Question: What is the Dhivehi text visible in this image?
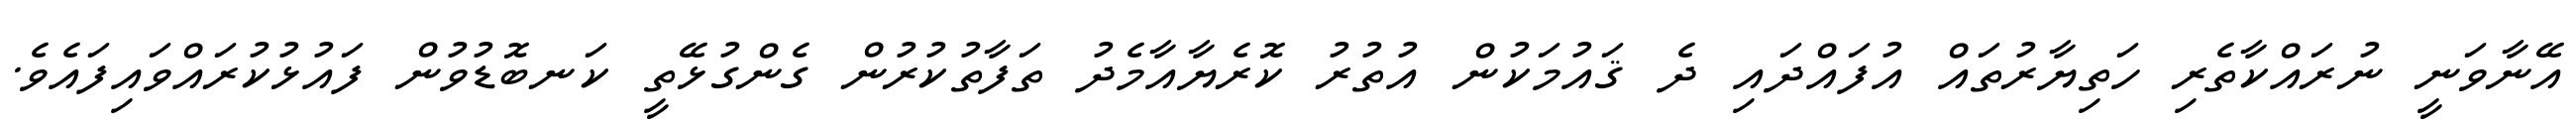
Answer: އޭނާވަނީ ނުރައްކާތެރި ހަތިޔާރުތައް އުފައްދައި ދެ ޤައުމަކުން އުތުރު ކޮރެޔާއާމެދު ތަފާތުކުރުން ގެންގުޅޭތީ ކަނބޮޑުވުން ފައުޅުކުރައްވައިފައެވެ.